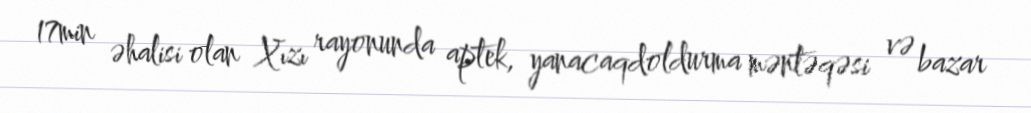
17min əhalisi olan Xızı rayonunda aptek, yanacaqdoldurma məntəqəsi və bazar